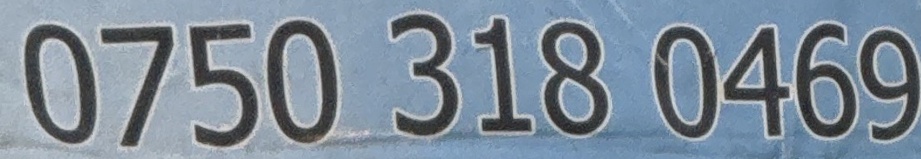
0750 318 0469